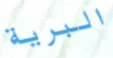
البرية